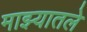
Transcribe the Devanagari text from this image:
माझ्यातले